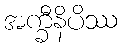
အက္ခီနိပိဿ